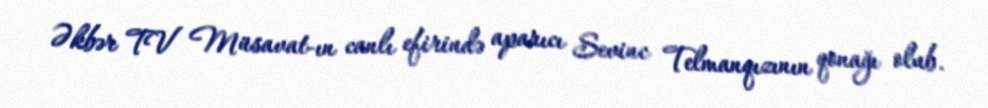
Əkbər TV Müsavat-ın canlı efirində aparıcı Sevinc Telmanqızının qonağı olub.